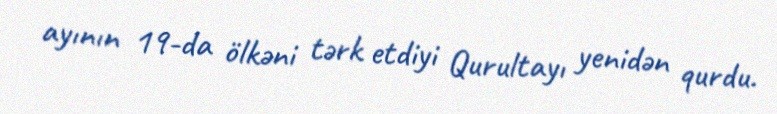
ayının 19-da ölkəni tərk etdiyi Qurultayı yenidən qurdu.